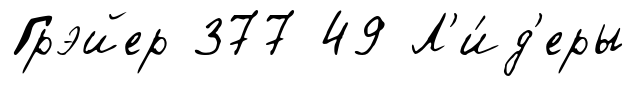
Грэйер 377 49 Л'и́д'еры